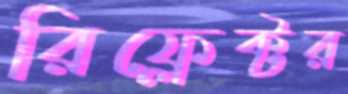
রিফ্লেক্টর